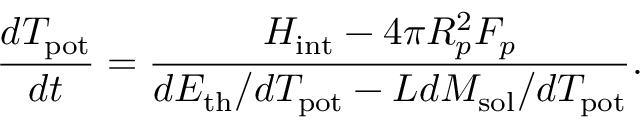
\frac { d T _ { \mathrm { p o t } } } { d t } = \frac { H _ { \mathrm { i n t } } - 4 \pi R _ { p } ^ { 2 } F _ { p } } { d E _ { \mathrm { t h } } / d T _ { \mathrm { p o t } } - L d M _ { \mathrm { s o l } } / d T _ { \mathrm { p o t } } } .